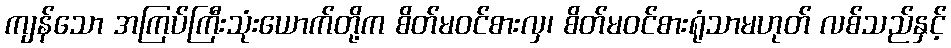
ကျန်သော အကြပ်ကြီးသုံးယောက်တို့က စိတ်မဝင်စားလှ၊ စိတ်မဝင်စားရုံသာမဟုတ် လစ်သည်နှင့်